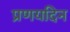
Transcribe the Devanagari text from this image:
प्रणयदिन